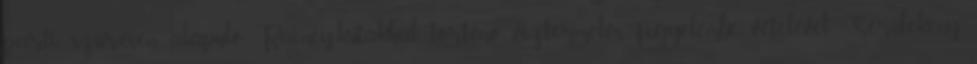
parti szűrésen alapuló Rainey-kutakkal történő víztermelés figyelembe vételével Sérülékeny